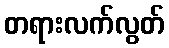
တရားလက်လွတ်